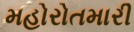
મહોરોતમારી